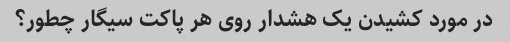
در مورد کشیدن یک هشدار روی هر پاکت سیگار چطور؟